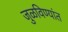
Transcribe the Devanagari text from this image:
जुळविण्यांत